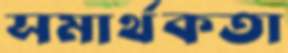
সমার্থকতা